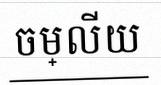
ចម្លើយ